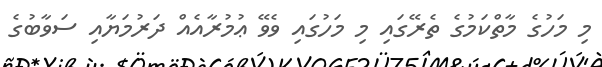
މި މަހުގެ މާތްކަމުގެ ތެރޭގައި މި މަހުގައި ވެވޭ ޢުމުރާއެއް ދަރުމަޔާއި ސަވާބުގެ